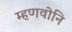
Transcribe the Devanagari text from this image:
म्हणवोनि